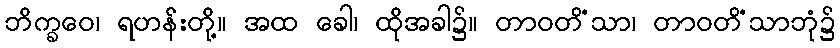
ဘိက္ခဝေ၊ ရဟန်းတို့။ အထ ခေါ၊ ထိုအခါ၌။ တာဝတိံသာ၊ တာဝတိံသာဘုံ၌